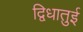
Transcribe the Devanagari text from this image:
द्विधातुई